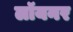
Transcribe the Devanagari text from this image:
लॉयनर